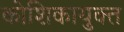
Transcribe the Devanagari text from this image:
कोशिकायुक्त